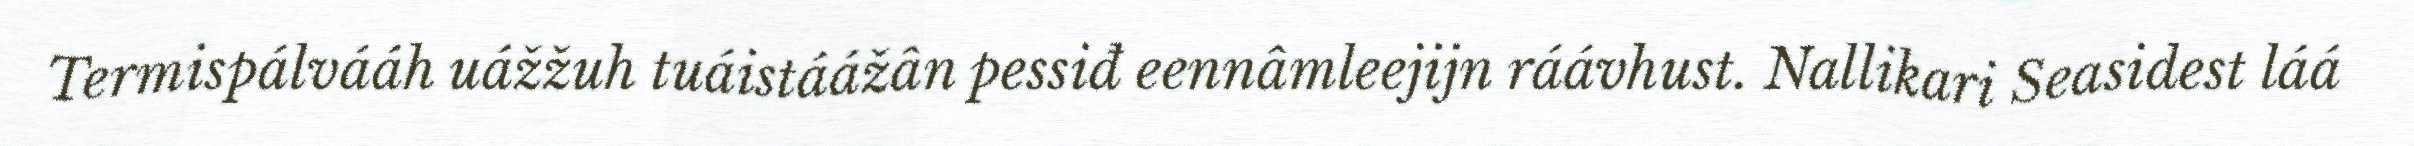
Termispálvááh uážžuh tuáistáážân pessiđ eennâmleejijn ráávhust. Nallikari Seasidest láá